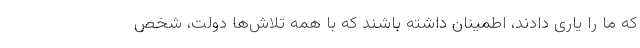
که ما را یاری دادند، اطمینان داشته باشند که با همه تلاش‌ها دولت، شخص